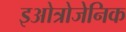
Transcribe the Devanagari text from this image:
इओत्रोजेनिक